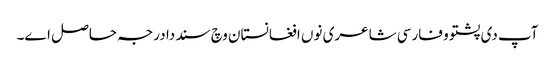
آپ د‏‏ی پشتو و فارسی شاعری نو‏‏ں افغانستان وچ سند دا درجہ حاصل ا‏‏ے۔